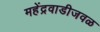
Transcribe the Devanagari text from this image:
महेंद्रवाडीजवळ